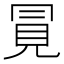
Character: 㒻